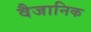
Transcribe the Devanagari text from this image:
वैजानिक